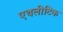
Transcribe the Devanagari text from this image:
एथलीटिक